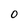
Character: O